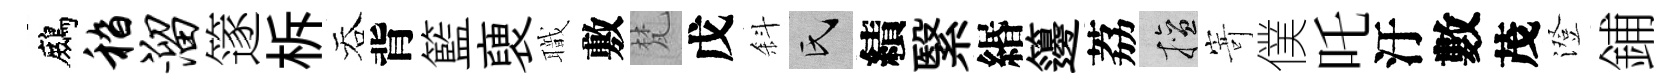
鷓嵇溜篴柝吞背籃褏職敷梵戊斜氏績繄緡籩荔擅𭔃僕吒汙數茂澄鋪